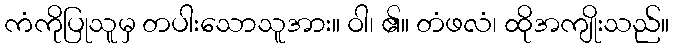
ကံကိုပြုသူမှ တပါးသောသူအား။ ဝါ၊ ၏။ တံဖလံ၊ ထိုအကျိုးသည်။